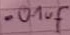
Text: .01uf